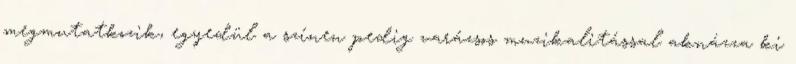
megmutatkozik, egyedül a színen pedig varázsos muzikalitással aknázza ki